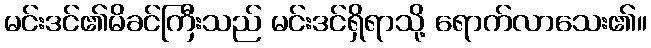
မင်းဒင်၏မိခင်ကြီးသည် မင်းဒင်ရှိရာသို့ ရောက်လာသေး၏။